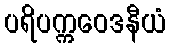
ပရိပက္ကဝေဒနီယံ